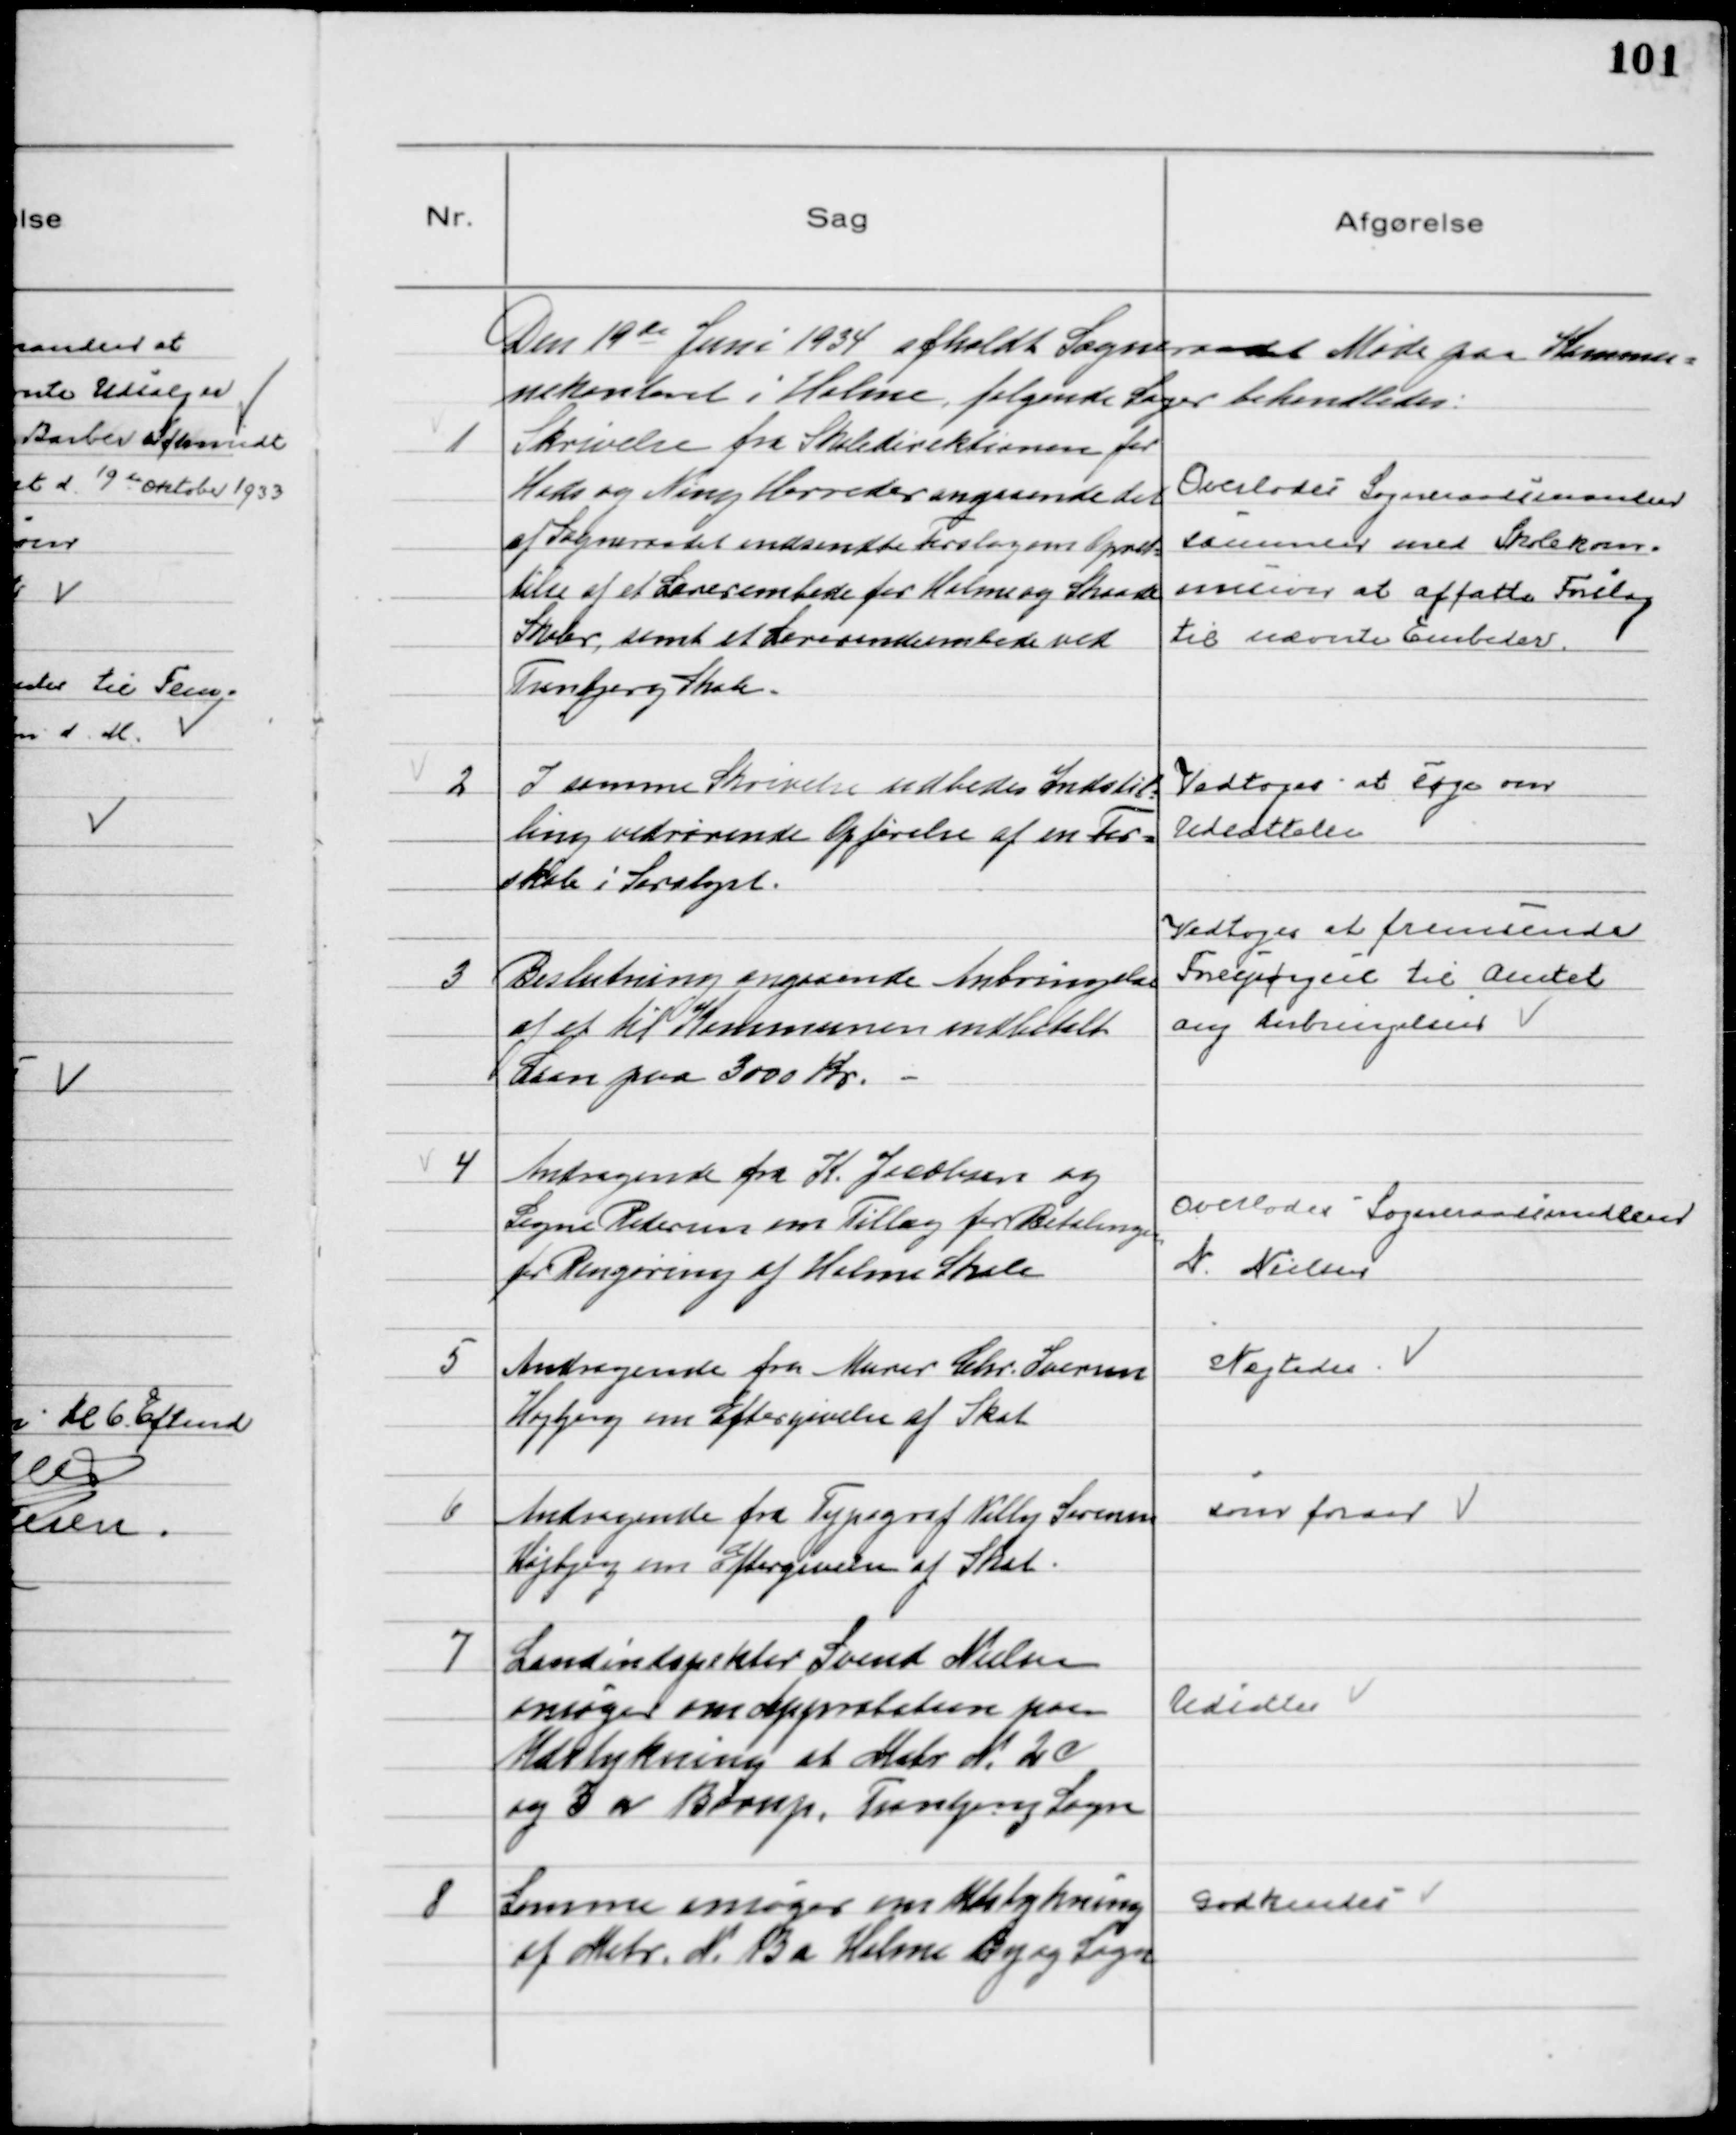
Transskription:
Den 19de Juni 1934 afholdt Sogneraadet Møde paa Kommu=
nekontoret i Holme, følgende Sager behandledes:

1
Skrivelse fra Skoledirektionen for
Hads og Ning Herreder angaaende det
af Sogneraadet indsendte Forslag om Opret=
telse af et Lærerembede for Holme og Skaade
Skoler, samt et Lærerindeembede ved
Tranbjerg Skole.

Overlodes Sogneraadsmanden
sammen med Skolekom=
mision at affatte Forslag
til nævnte Embeder.

2
I samme Skrivelse udbedes Indstil=
ling vedrørende Opførelse af en For=
skole i Saralyst.

Vedtoges at søge om
Udsættelse

3
Beslutning angaaende Anbringelse
af et til Kommunen indbetalt
Laan paa 3000 Kr.

Vedtoges at fremsende
Forespørgsel til Amtet
ang Anbringelsen

4
Andragende fra K. Jacobsen og
Signe Petersen om Tillæg for Betalinge
for Rengøring af Holme Skole

Overlodes Sogneraadsmedlem
N. Nielsen

5
Andragende fra Murer Chr. Iversen
Højbjerg om Eftergivelse af Skat

Nægtedes

6
Andragende fra Typograf Villy Sørensen
Højbjerg om Eftergivelse af Skat.

som foran

7
Landinspektør Svend Nielsen
ansøger om Approbation paa
Udstykning af Matr № 2c
og 3n Børup, Tranbjerg Sogn

Udsattes

8
Samme ansøger om Udstykning
af Matr. № 13a Holme By og Sogn

Godkendes